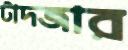
টাদজার